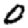
Digit: 0